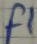
Text: F1